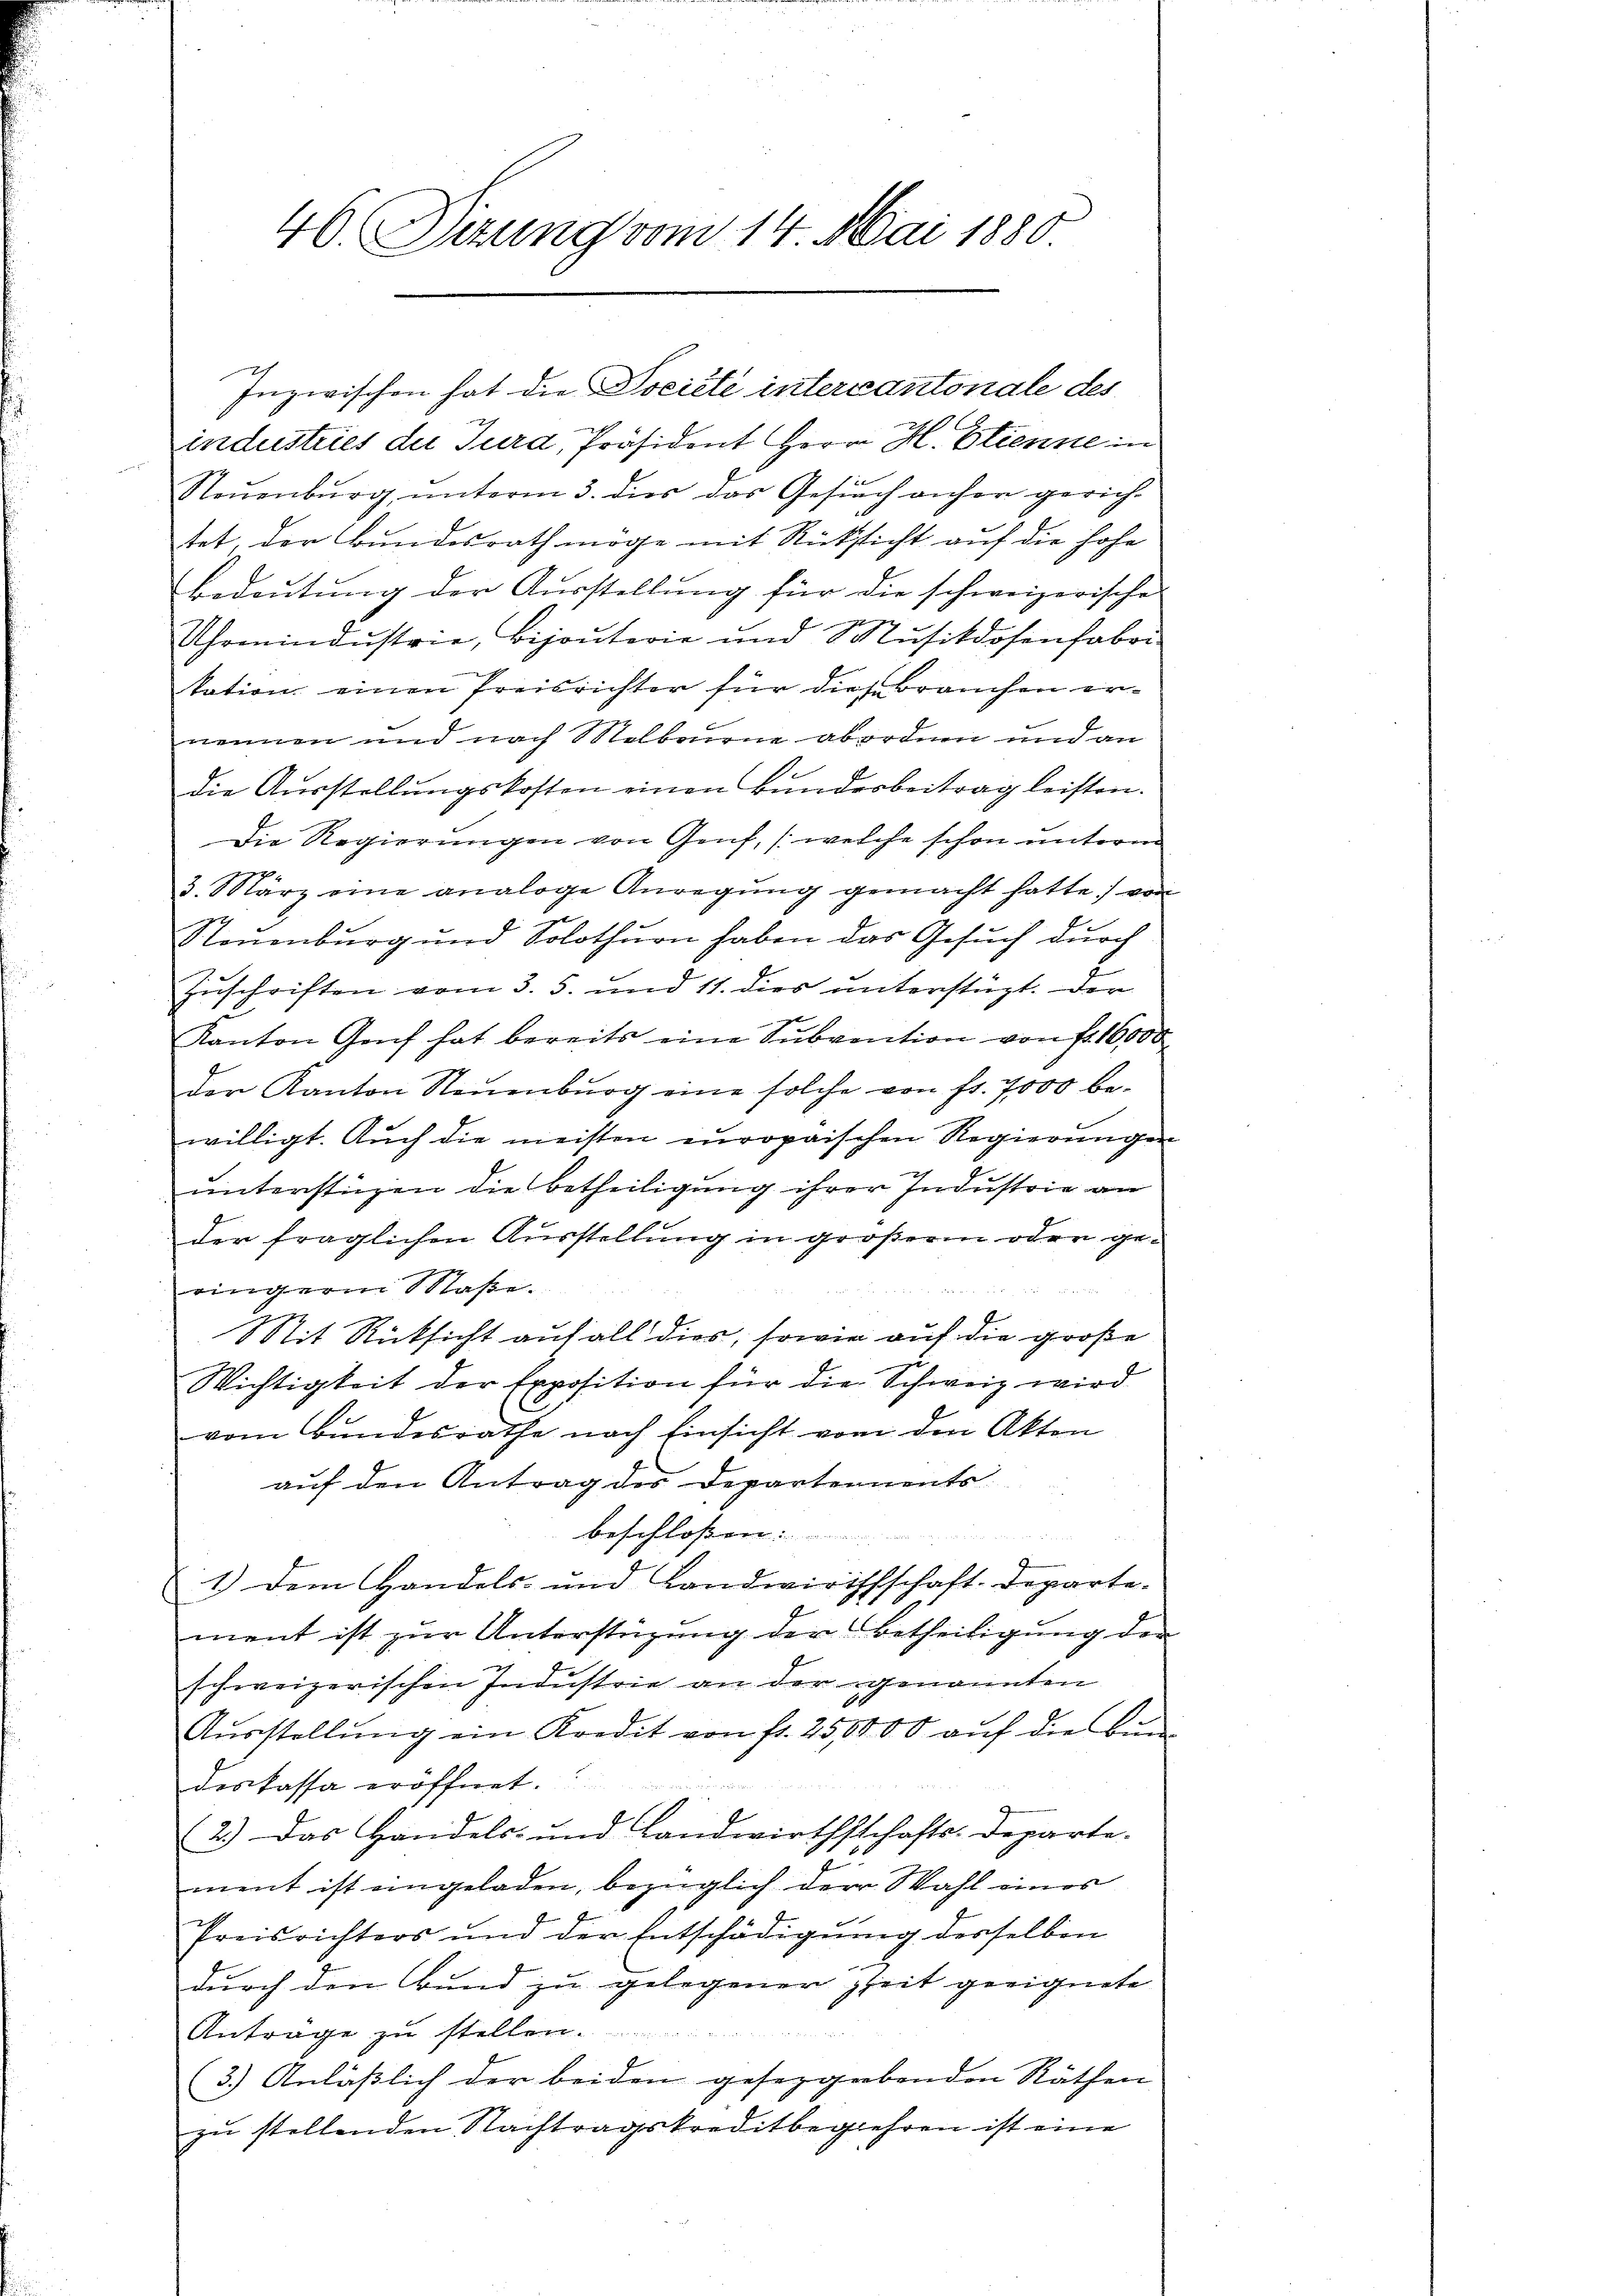
46. Sitzung vom 14. Mai 1880

Inzwischen hat die Dociété intercantonale des

industries der Jura, Präsident Herr H. Etienne in
Steuenburg unterm 3. dies das Gesuch anher gerichtet, der Bundesrath möge mit Rücksicht auf die hohe
Bedeutung der Ausstellung für die schweizerische
e
Uhrmindustrie, Bijouterie und 8 Nusikdosenfabri
.
tation einen Preisrichter für diesebrauchen ernennen und nach Melbourne abordnen und an
Die Aŭsstellŭngskosten einen Bundesbeitrag leisten.
Die Regierungen von Genf, (welche schon unterm
3. März eine analoge Anregŭng gemacht hatte von
Neuenburg und Solothurn haben das Gesuch durch
Zuschriften vom 3. 5. und 11. dies unterstüzt. Der
1.
men un
Kanton Genf hat bereits eine Subvention von fr. 16000
der Kanton Neuenburg eine solche von fr. 7000 bewilligt. Auch die meisten europaischen Regierungen
2
unterstüzen die Betheiligung ihrer Industrie an
der fraglichen Ausstellung in größerm oder geringern Maße.
 0 f 0 x
it Rücksicht auf all dies, sowie auf die große
Wichtigkeit der Exposition für die Schweiz wird
vom Bundesrathe nach Einsicht von den Akten
auf den Antrag des Departements
beschloßen:
u
1.) Dem Handels- und Landwirthschaft. Departe-
E
ment ist zur Unterstüzung der Betheiligung der
schweizerischen Industrie an der genannten
Aŭsstellŭng ein Kredit von fr. 250000 aŭf die Bun
deskassa eröffnet.
2.) Das Handels- und Landwirthschafts-Departe.
ment ist eingeladen, bezüglich der Wahl eines
Preisrichters und der Entschädigung desselben
durch den Bund zu gelegener zeit geeignete
Anträge zu stellen.
3.) Anläßlich der beiden gesetzgebenden Räthen
zu stellenden Nachtragskreditbegehren ist eine